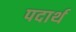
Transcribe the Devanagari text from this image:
पदार्थ